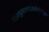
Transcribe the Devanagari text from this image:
सातपुडापर्वतश्रेणीतील